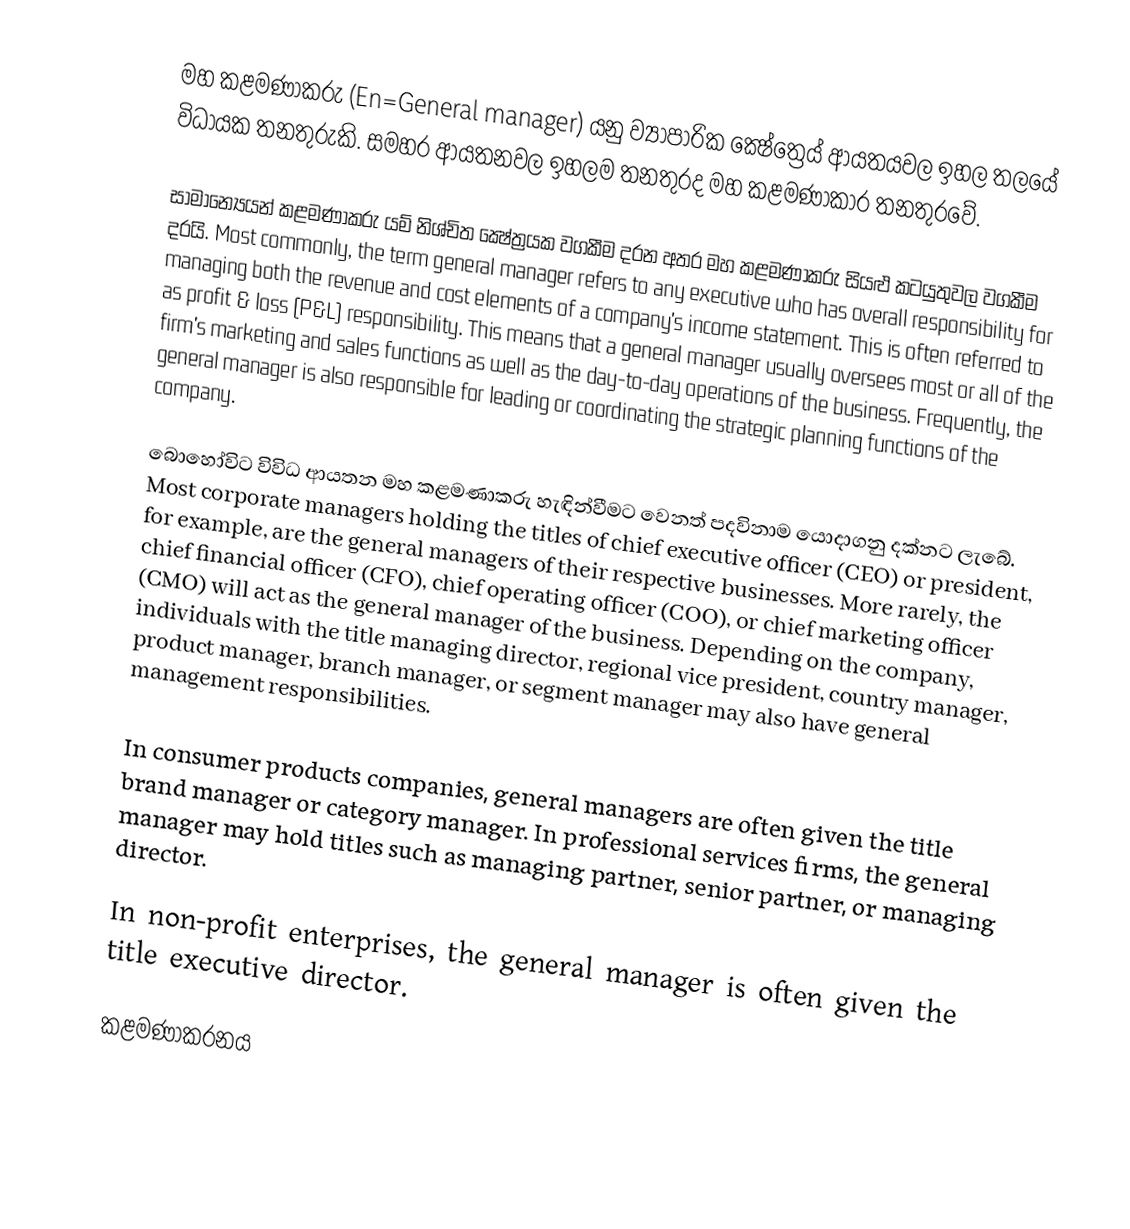
මහ කළමණාකරු (En=General manager) යනු ව්‍යාපාරික ක්‍ෂේත්‍රෙය් ආයතයවල ඉහල තලයේ විධායක තනතුරුකි. සමහර ආයතනවල ඉහලම තනතුරද මහ කළමණාකාර තනතුරවේ.

සාමාන්‍යෙයන් කළමණාකරු යම් නිශ්චිත ක්‍ෂේත්‍රයක වගකීම දරන අතර මහ කළමණාකරු සියළු කටයුතුවල වගකීම දරයි. Most commonly, the term general manager refers to any executive who has overall responsibility for managing both the revenue and cost elements of a company's income statement.  This is often referred to as profit & loss (P&L) responsibility. This means that a general manager usually oversees most or all of the firm's marketing and sales functions as well as the day-to-day operations of the business.  Frequently, the general manager is also responsible for leading or coordinating the strategic planning functions of the company.

බොහෝවිට විවිධ ආයතන මහ කළමණාකරු හැඳින්වීමට වෙනත් පදවිනාම යොදාගනු දක්නට ලැබේ. Most corporate managers holding the titles of chief executive officer (CEO) or president, for example, are the general managers of their respective businesses.  More rarely, the chief financial officer (CFO), chief operating officer (COO), or chief marketing officer (CMO) will act as the general manager of the business.  Depending on the company, individuals with the title managing director, regional vice president, country manager, product manager, branch manager, or segment manager may also have general management responsibilities.

In consumer products companies, general managers are often given the title brand manager or category manager.  In professional services firms, the general manager may hold titles such as managing partner, senior partner, or managing director.

In non-profit enterprises, the general manager is often given the title executive director.

කළමණාකරනය